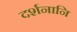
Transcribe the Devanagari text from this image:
दर्शनानि